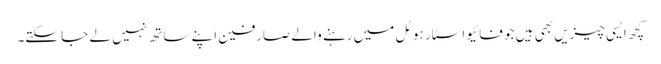
کچھ ایسی چیزیں بھی ہیں جو فائیو اسٹار ہوٹل میں رہنے والے صارفین اپنے ساتھ نہیں لے جا سکتے۔